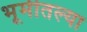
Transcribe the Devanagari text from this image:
भूमीतल्या